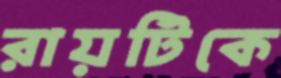
রায়টিকে